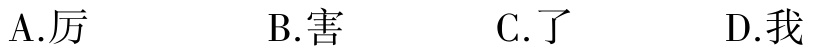
A.厉  B.害  C.了  D.我